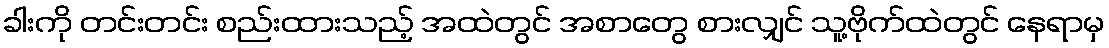
ခါးကို တင်းတင်း စည်းထားသည့် အထဲတွင် အစာတွေ စားလျှင် သူ့ဗိုက်ထဲတွင် နေရာမှ